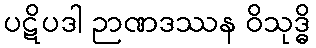
ပဋိပဒါ ဉာဏဒဿန ဝိသုဒ္ဓိ